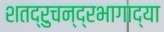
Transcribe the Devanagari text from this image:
शतद्रुचन्द्रभागाद्या